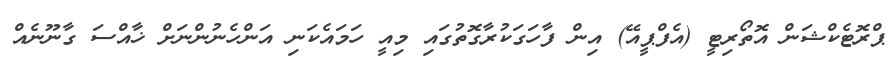
ޕްރޮޓެކްޝަން އޮތޯރިޓީ (އެފްޕީއޭ) އިން ފާހަގަކުރާގޮތުގައި މިއީ ހަމައެކަނި އަންހެނުންނަށް ޚާއްސަ ގާނޫނެއް